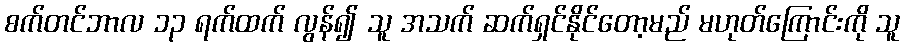
စက်တင်ဘာလ ၁၃ ရက်ထက် လွန်၍ သူ အသက် ဆက်ရှင်နိုင်တော့မည် မဟုတ်ကြောင်းကို သူ